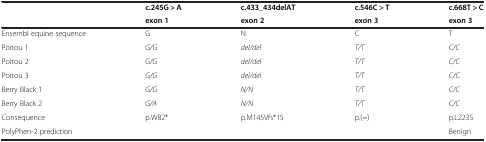
<table><thead><tr><td rowspan="2"></td><td><b>c.245G &gt; A</b></td><td><b>c.433_434delAT</b></td><td><b>c.546C &gt; T</b></td><td><b>c.668T &gt; C</b></td></tr><tr><td><b>exon 1</b></td><td><b>exon 2</b></td><td><b>exon 3</b></td><td><b>exon 3</b></td></tr></thead><tbody><tr><td>Ensembl equine sequence</td><td>G</td><td>N</td><td>C</td><td>T</td></tr><tr><td>Poitou 1</td><td><i>G/G</i></td><td><i>del/del</i></td><td><i>T/T</i></td><td><i>C/C</i></td></tr><tr><td>Poitou 2</td><td><i>G/G</i></td><td><i>del/del</i></td><td><i>T/T</i></td><td><i>C/C</i></td></tr><tr><td>Poitou 3</td><td><i>G/G</i></td><td><i>del/del</i></td><td><i>T/T</i></td><td><i>C/C</i></td></tr><tr><td>Berry Black 1</td><td><i>G/G</i></td><td><i>N/N</i></td><td><i>T/T</i></td><td><i>C/C</i></td></tr><tr><td>Berry Black 2</td><td><i>G/A</i></td><td><i>N/N</i></td><td><i>T/T</i></td><td><i>C/C</i></td></tr><tr><td>Consequence</td><td>p.W82*</td><td>p.M145Vfs*15</td><td>p.(=)</td><td>p.L223S</td></tr><tr><td>PolyPhen-2 prediction</td><td></td><td></td><td></td><td>Benign</td></tr></tbody></table>